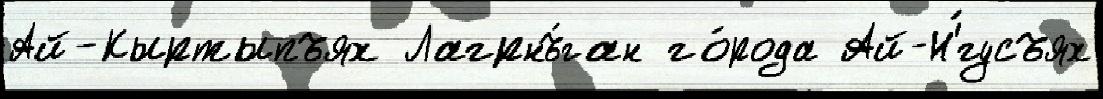
Ай-Кыртыпъях Лагрнъ́ган го́рода Ай-Н'́гусъях